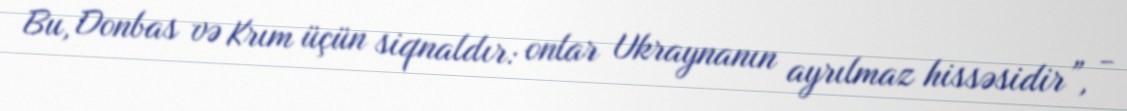
Bu, Donbas və Krım üçün siqnaldır: onlar Ukraynanın ayrılmaz hissəsidir”, -